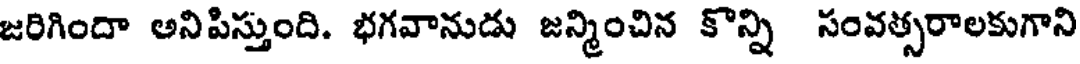
జరిగిందా అనిపిస్తుంది. భగవానుడు జన్మించిన కొన్ని సంవత్సరాలకుగాని